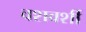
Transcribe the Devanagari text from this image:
वशवर्शी